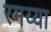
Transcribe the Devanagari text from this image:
रमय्या